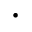
\cdot